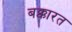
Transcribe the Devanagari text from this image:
बक्कारत